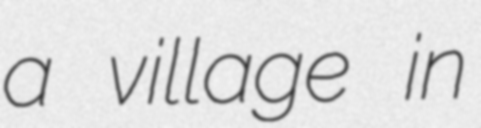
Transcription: a village in